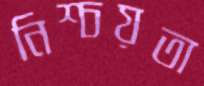
নিশ্চয়তা